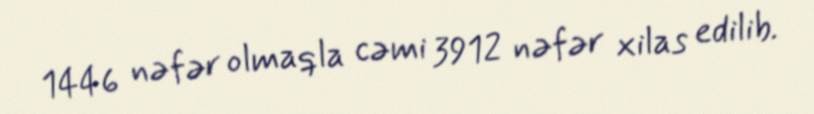
1446 nəfər olmaqla cəmi 3912 nəfər xilas edilib.